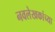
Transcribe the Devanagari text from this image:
नवलेखकांच्या